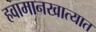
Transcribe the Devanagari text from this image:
हवामानखात्यात